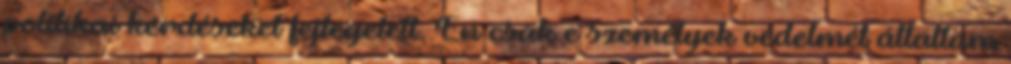
politikai kérdéseket fejtegetett. Én csak e személyek védelmét állaltam